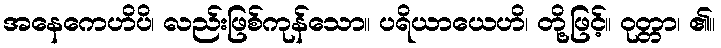
အနေကေဟိပိ၊ လည်းဖြစ်ကုန်သော။ ပရိယာယေဟိ၊ တို့ဖြင့်။ ဝုတ္တာ၊ ၏။